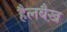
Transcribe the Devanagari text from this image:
हैलबैख़